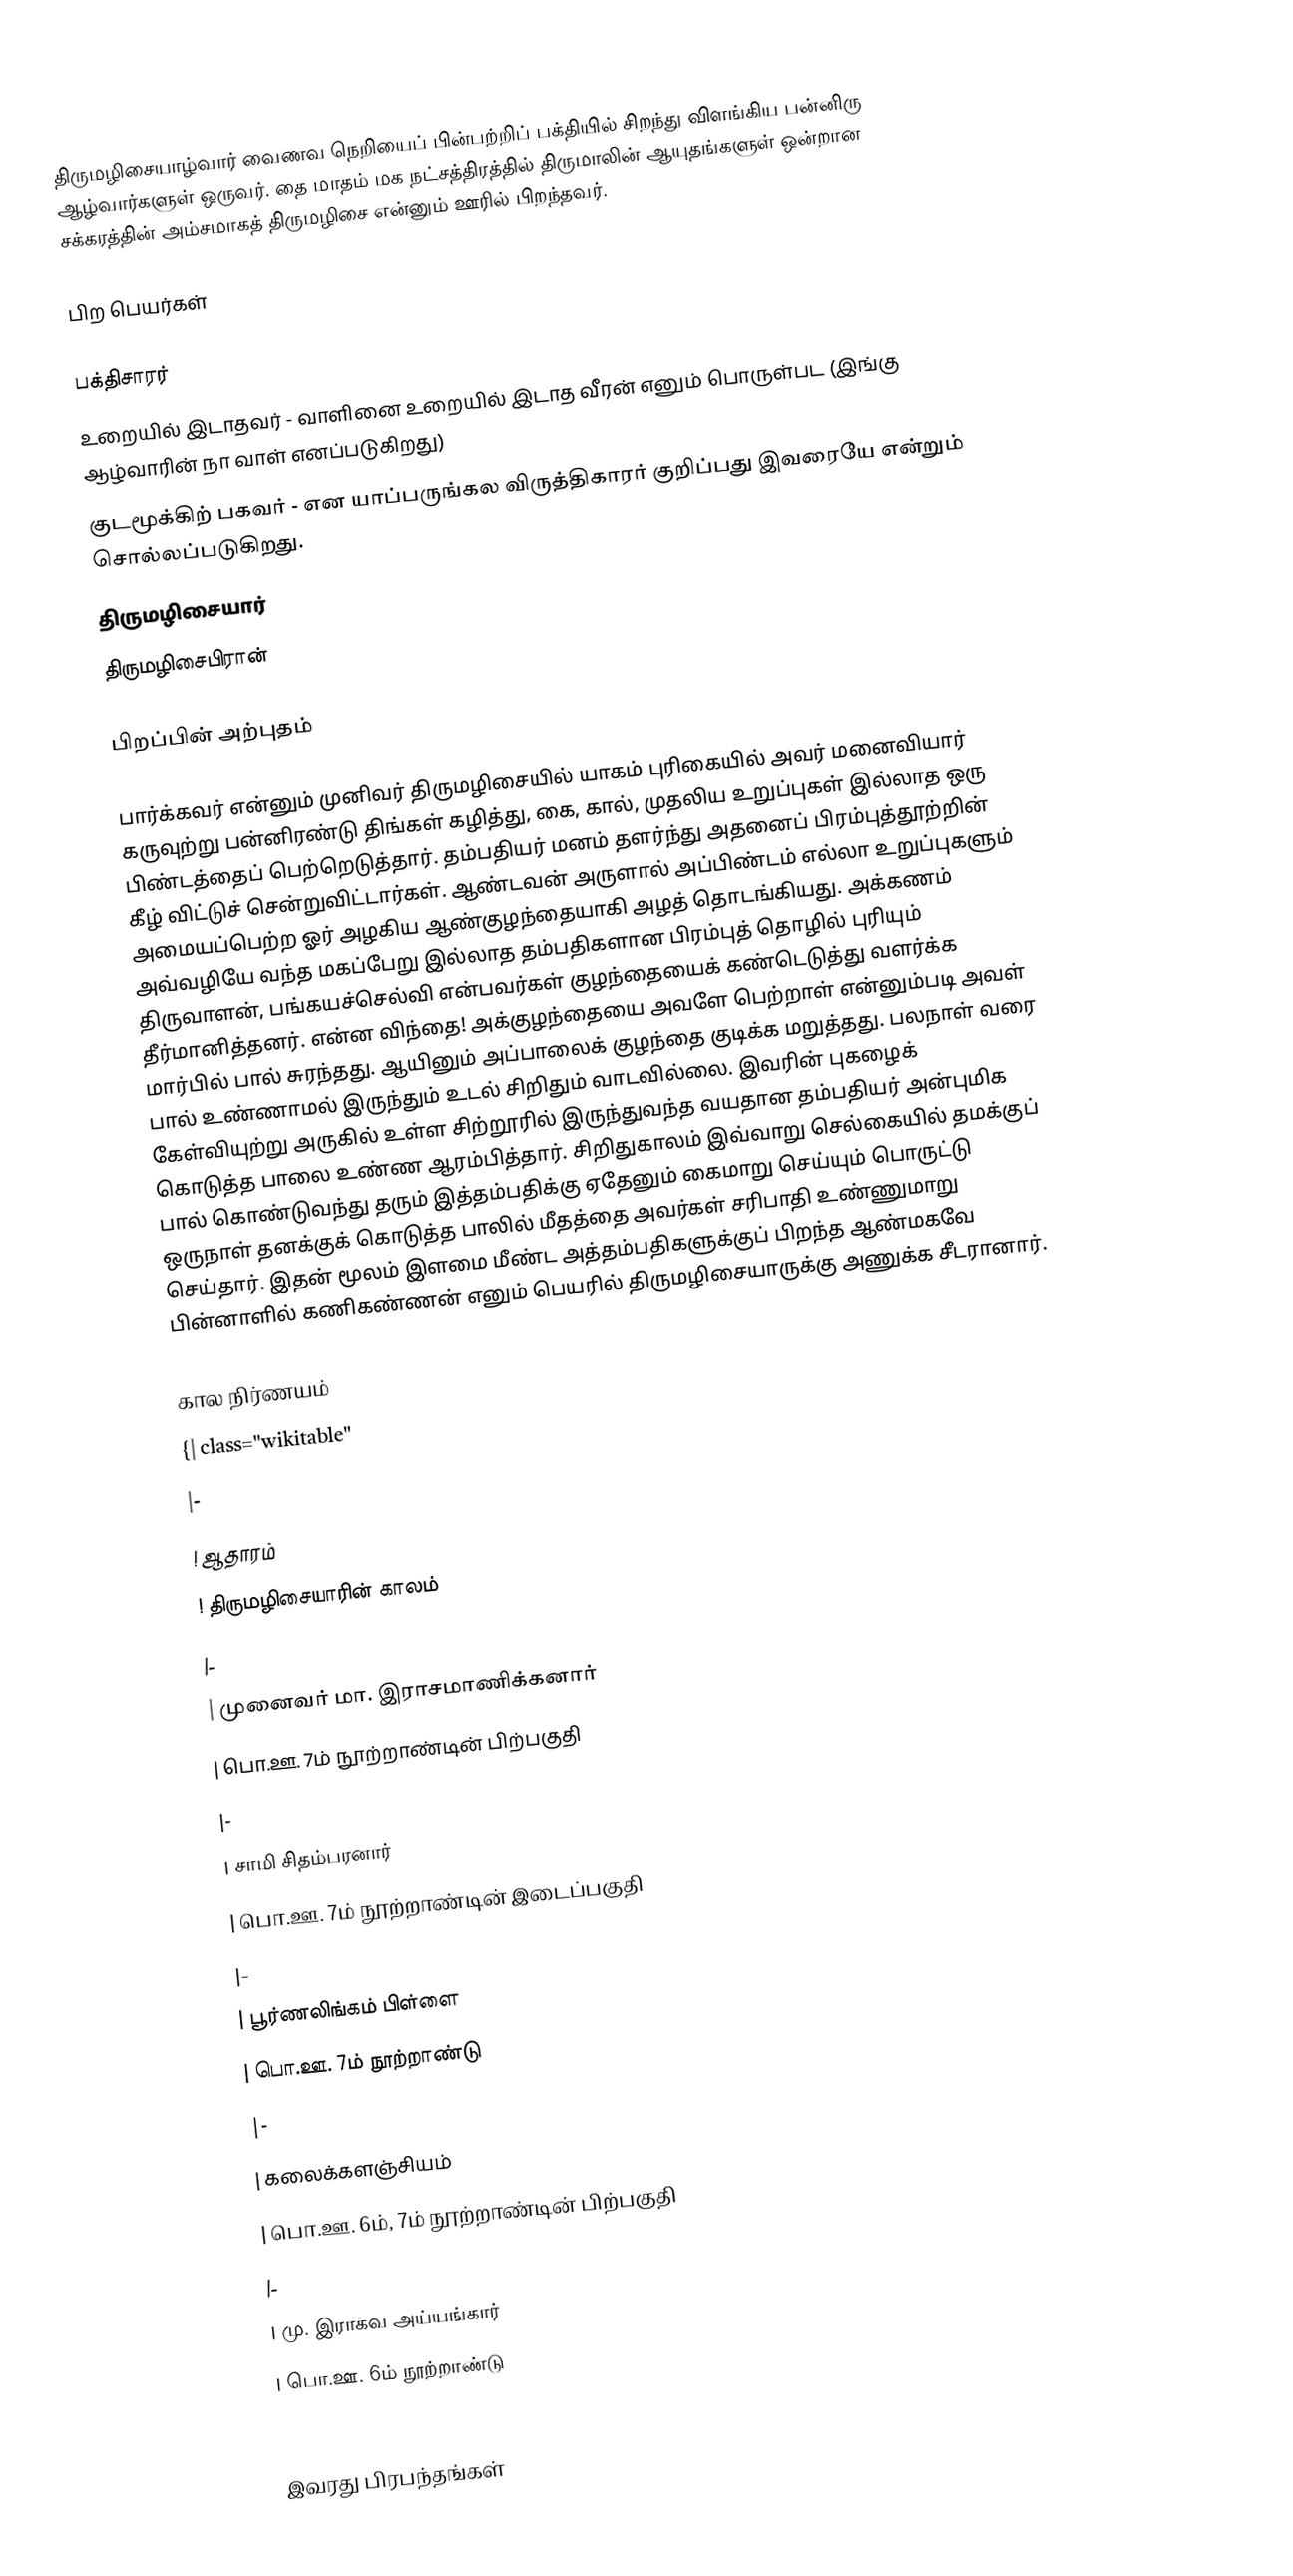
திருமழிசையாழ்வார் வைணவ நெறியைப் பின்பற்றிப் பக்தியில் சிறந்து விளங்கிய பன்னிரு ஆழ்வார்களுள் ஒருவர். தை மாதம் மக நட்சத்திரத்தில் திருமாலின் ஆயுதங்களுள் ஒன்றான சக்கரத்தின் அம்சமாகத் திருமழிசை என்னும் ஊரில் பிறந்தவர்.

பிற பெயர்கள்

 பக்திசாரர்
 உறையில் இடாதவர் - வாளினை உறையில் இடாத வீரன் எனும் பொருள்பட (இங்கு ஆழ்வாரின் நா வாள் எனப்படுகிறது)
 குடமூக்கிற் பகவர் - என யாப்பருங்கல விருத்திகாரர் குறிப்பது இவரையே என்றும் சொல்லப்படுகிறது.
 திருமழிசையார்
 திருமழிசைபிரான்

பிறப்பின் அற்புதம்

பார்க்கவர் என்னும் முனிவர் திருமழிசையில் யாகம் புரிகையில் அவர் மனைவியார் கருவுற்று பன்னிரண்டு திங்கள் கழித்து, கை, கால், முதலிய உறுப்புகள் இல்லாத ஒரு பிண்டத்தைப் பெற்றெடுத்தார். தம்பதியர் மனம் தளர்ந்து அதனைப் பிரம்புத்தூற்றின் கீழ் விட்டுச் சென்றுவிட்டார்கள். ஆண்டவன் அருளால் அப்பிண்டம் எல்லா உறுப்புகளும் அமையப்பெற்ற ஓர் அழகிய ஆண்குழந்தையாகி அழத் தொடங்கியது. அக்கணம் அவ்வழியே வந்த மகப்பேறு இல்லாத தம்பதிகளான பிரம்புத் தொழில் புரியும் திருவாளன், பங்கயச்செல்வி என்பவர்கள் குழந்தையைக் கண்டெடுத்து வளர்க்க தீர்மானித்தனர். என்ன விந்தை! அக்குழந்தையை அவளே பெற்றாள் என்னும்படி அவள் மார்பில் பால் சுரந்தது. ஆயினும் அப்பாலைக் குழந்தை குடிக்க மறுத்தது. பலநாள் வரை பால் உண்ணாமல் இருந்தும் உடல் சிறிதும் வாடவில்லை. இவரின் புகழைக் கேள்வியுற்று அருகில் உள்ள சிற்றூரில் இருந்துவந்த வயதான தம்பதியர் அன்புமிக கொடுத்த பாலை உண்ண ஆரம்பித்தார். சிறிதுகாலம் இவ்வாறு செல்கையில் தமக்குப் பால் கொண்டுவந்து தரும் இத்தம்பதிக்கு ஏதேனும் கைமாறு செய்யும் பொருட்டு ஒருநாள் தனக்குக் கொடுத்த பாலில் மீதத்தை அவர்கள் சரிபாதி உண்ணுமாறு செய்தார். இதன் மூலம் இளமை மீண்ட அத்தம்பதிகளுக்குப் பிறந்த ஆண்மகவே பின்னாளில் கணிகண்ணன் எனும் பெயரில் திருமழிசையாருக்கு அணுக்க சீடரானார்.

கால நிர்ணயம்
{| class="wikitable"
|-
! ஆதாரம்
! திருமழிசையாரின் காலம்
|-
| முனைவர் மா. இராசமாணிக்கனார்
| பொ.ஊ. 7ம் நூற்றாண்டின் பிற்பகுதி
|-
| சாமி சிதம்பரனார்
| பொ.ஊ. 7ம் நூற்றாண்டின் இடைப்பகுதி
|-
| பூர்ணலிங்கம் பிள்ளை
| பொ.ஊ. 7ம் நூற்றாண்டு
|-
| கலைக்களஞ்சியம்
| பொ.ஊ. 6ம், 7ம் நூற்றாண்டின் பிற்பகுதி
|-
| மு. இராகவ அய்யங்கார்
| பொ.ஊ. 6ம் நூற்றாண்டு
|}

இவரது பிரபந்தங்கள்